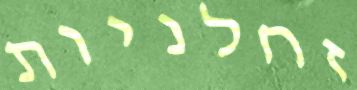
זחלניות